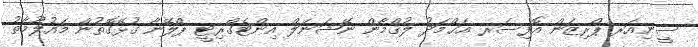
ސީނިއަރ ޕްރިޒަން އޮފިސަރ އަޙްމަދު ލުޤްމާން ނޭޝަނަލް އިންޓެގްރިޓީ ޕްލޭނާ ގުޅޭގޮތުން މައުލޫމާތު